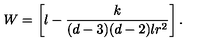
W = \left[ l - \frac { k } { ( d - 3 ) ( d - 2 ) l r ^ { 2 } } \right] .